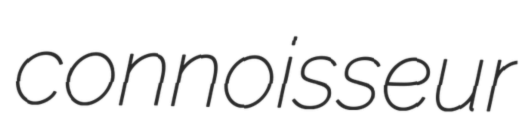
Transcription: connoisseur